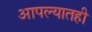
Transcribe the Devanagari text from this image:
आपल्यातही